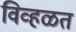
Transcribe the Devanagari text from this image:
विव्हळत